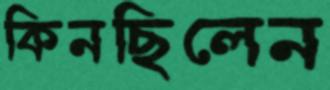
কিনছিলেন